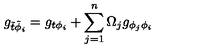
g _ { \tilde { t } \tilde { \phi } _ { i } } = g _ { t \phi _ { i } } + \sum _ { j = 1 } ^ { n } \Omega _ { j } g _ { \phi _ { j } \phi _ { i } }